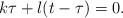
LaTeX: \begin{align*} k\tau + l (t-\tau)=0.\end{align*}